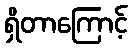
ရှိတာကြောင့်